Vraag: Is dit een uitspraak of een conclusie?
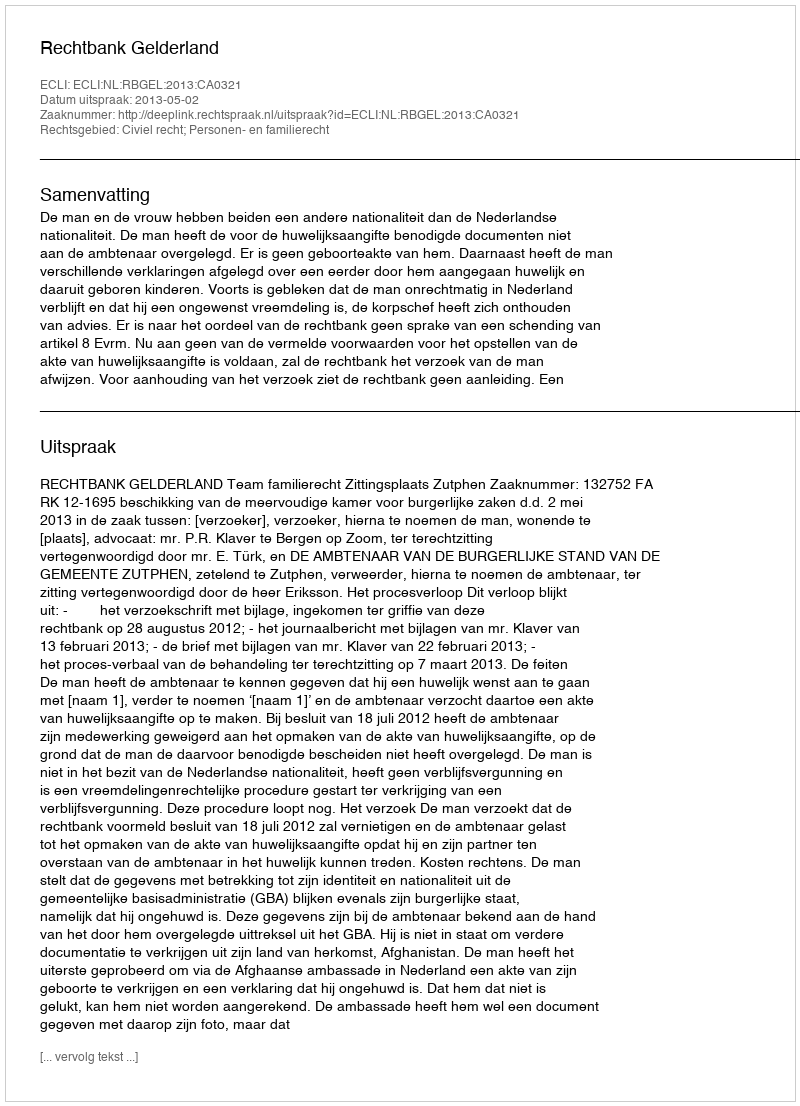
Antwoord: Uitspraak